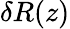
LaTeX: \delta R(z)